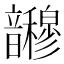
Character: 𫖜